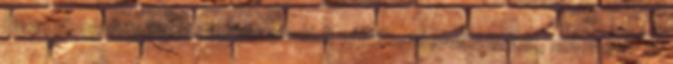
Dinamikusan fejlôdô cégünk családi vállalkozásként indult, mára már 12